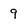
Character: 9